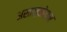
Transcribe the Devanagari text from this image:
असान्बोसम